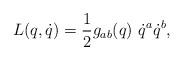
LaTeX: \begin{align*}L(q,\dot{q})={1\over2} g_{ab}(q)~\dot{q}^a\dot{q}^b,\end{align*}